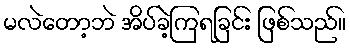
မလဲတော့ဘဲ အိပ်ခဲ့ကြရခြင်း ဖြစ်သည်။